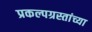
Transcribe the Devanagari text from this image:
प्रकल्पग्रस्तांच्या